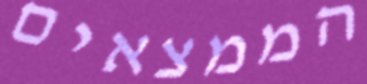
הממצאים